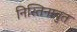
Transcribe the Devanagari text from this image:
निस्तिनाबुत